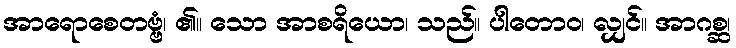
အာရောစေတဗ္ဗံ၊ ၏။ သော အာစရိယော၊ သည်။ ပါတောဝ၊ လျှင်။ အာဂစ္ဆ၊